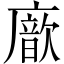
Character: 𢋆